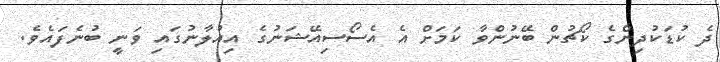
ދެ ކުޑަކުދިންގެ ކޯޗުން ބޭނުންވާ ކަމަށް އެ އެސޯސިއޭޝަނުގެ އިއުލާނުގައި ވަނީ ބުނެފައެވެ.